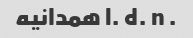
. l. d. n همدانیه